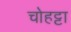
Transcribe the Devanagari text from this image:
चोहट्टा